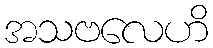
အသဗလေဟိ